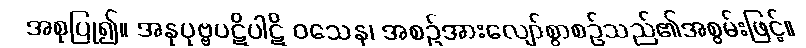
အစုပြု၍။ အနုပုဗ္ဗပဋိပါဋိ ဝသေန၊ အစဉ်အားလျော်စွာစဉ်သည်၏အစွမ်းဖြင့်။